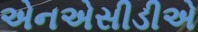
એનએસીડીએ